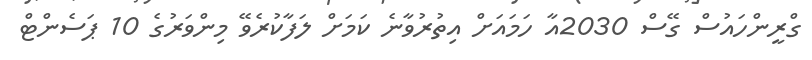
ގްރީންހައުސް ގޭސް 2030އާ ހަމައަށް އިތުރުވާނެ ކަމަށް ލަފާކުރެވޭ މިންވަރުގެ 10 ޕަސެންޓް